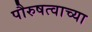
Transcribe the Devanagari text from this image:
पौरुषत्वाच्या